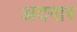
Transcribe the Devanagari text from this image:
अदगार